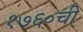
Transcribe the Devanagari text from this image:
१७६०ची